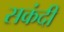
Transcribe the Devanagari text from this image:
सकंदी